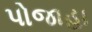
પોજાહા